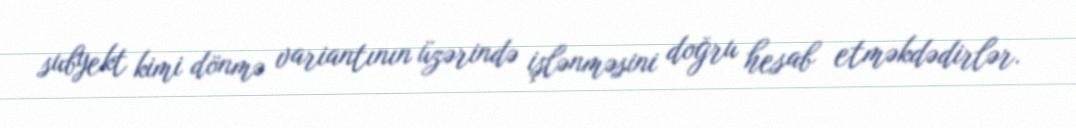
subyekt kimi dönmə variantının üzərində işlənməsini doğru hesab etməkdədirlər.